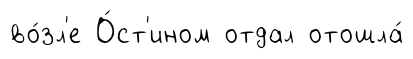
во́зл'е О́ст'ином отдал отошла́